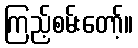
ကြည့်စမ်းတော့်။